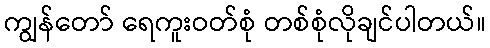
ကျွန်တော် ရေကူးဝတ်စုံ တစ်စုံလိုချင်ပါတယ်။